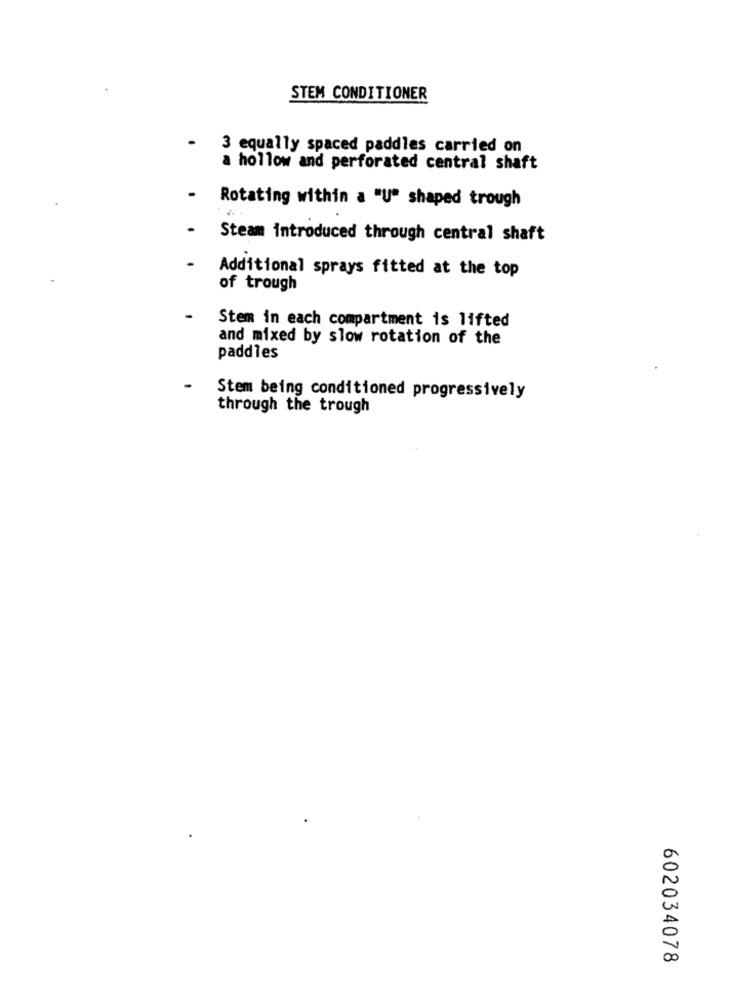
STEM CONDITIONER
3 equally spaced paddles carried on
a hollow and perforated central shaft
Rotating within a "U" shaped trough
Steam introduced through central shaft
Additional sprays fitted at the top
of trough
Stem in each compartment is lifted
and mixed by slow rotation of the
paddles
Stem being conditioned progressively
through the trough
602034078